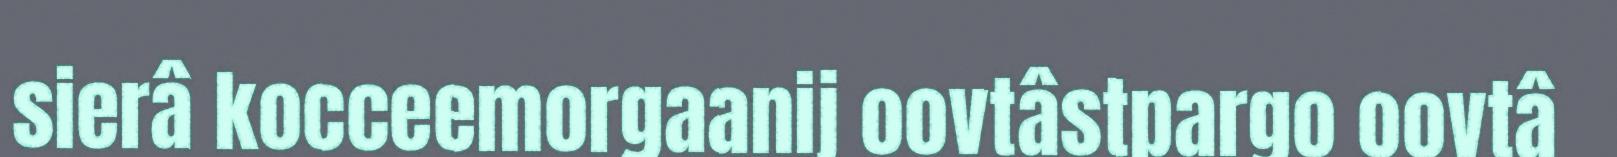
sierâ kocceemorgaanij oovtâstpargo oovtâ